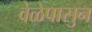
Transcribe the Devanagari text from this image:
वेळेपासुन